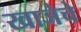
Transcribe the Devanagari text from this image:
खाजेचे